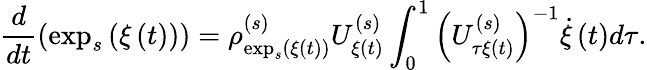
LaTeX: \frac{d}{dt}\left(\exp_{s}\left(\xi\left(t\right)\right)\right)=\rho_{\exp_{s}\left(\xi\left(t\right)\right)}^{\left(s\right)}U_{\xi\left(t\right)}^{\left(s\right)}\int_{0}^{1}\left(U_{\tau\xi\left(t\right)}^{\left(s\right)}\right)^{-1}\dot{\xi}\left(t\right)d\tau.